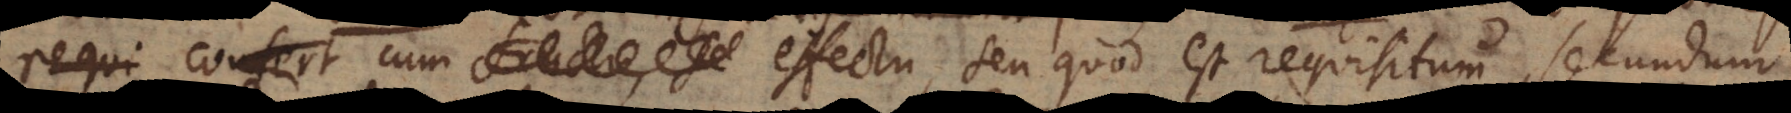
de conferens. cum effectu, seu quod est requisitum, secundum